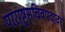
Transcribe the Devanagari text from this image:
परराष्ट्रसचिवपदावर